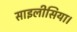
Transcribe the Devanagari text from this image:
साइलीसिया।